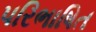
પરિભાષિત